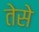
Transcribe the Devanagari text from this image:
तेसे